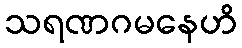
သရဏဂမနေဟိ